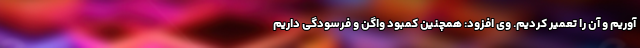
آوریم و آن را تعمیر کردیم. وی افزود: همچنین کمبود واگن و فرسودگی داریم